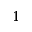
1